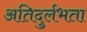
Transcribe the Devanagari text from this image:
अतिदुर्लभता